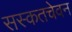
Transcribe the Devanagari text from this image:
सस्कतचेवन